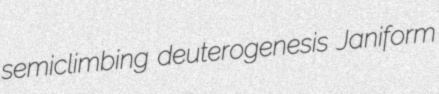
semiclimbing deuterogenesis Janiform